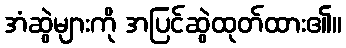
အံဆွဲများကို အပြင်ဆွဲထုတ်ထား၏။